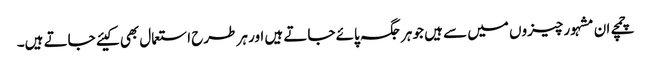
چمچے ان مشہور چیزوں میں سے ہیں جو ہر جگہ پائے جاتے ہیں اور ہر طرح استعمال بھی کیئے جاتے ہیں۔